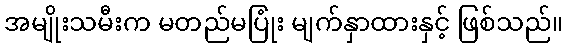
အမျိုးသမီးက မတည်မပြုံး မျက်နှာထားနှင့် ဖြစ်သည်။